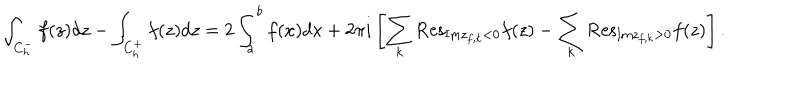
LaTeX: \int _ { C _ { h } ^ { - } } { f ( z ) d z } - \int _ { C _ { h } ^ { + } } { f ( z ) d z } = 2 \int _ { a } ^ { b } { f ( x ) d x } + 2 \pi i \left[ \sum _ { k } { \mathrm { R e s } } _ { { \mathrm { I m } } z _ { f , k } < 0 } f ( z ) - \sum _ { k } { \mathrm { R e s } } _ { { \mathrm { I m } } z _ { f , k } > 0 } f ( z ) \right] .